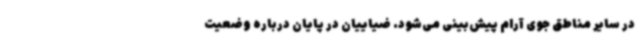
در سایر مناطق جوی آرام پیش‌بینی می‌شود. ضیاییان در پایان درباره وضعیت